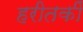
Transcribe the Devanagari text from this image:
हरीतकीं